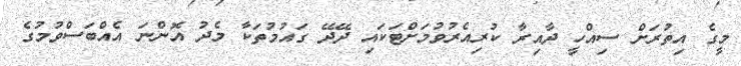
މީގެ އިތުރަށް ސިއްހީ ދާއިރާ ކުރިއެރުވުމަށްޓަަކައި ދޭދޭ ގައުމުތަކާ މެދު އޮންނަ އެއްބަސްވުމުގެ